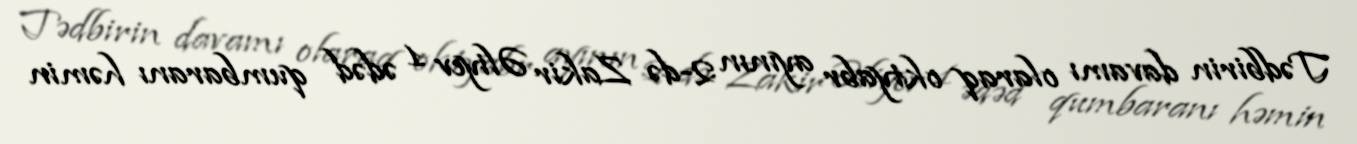
Tədbirin davamı olaraq oktyabr ayının 2-də Zakir Əliyev 1 ədəd qumbaranı həmin